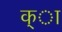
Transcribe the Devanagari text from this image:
क्ा